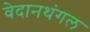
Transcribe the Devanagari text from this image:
वेदानथंगल